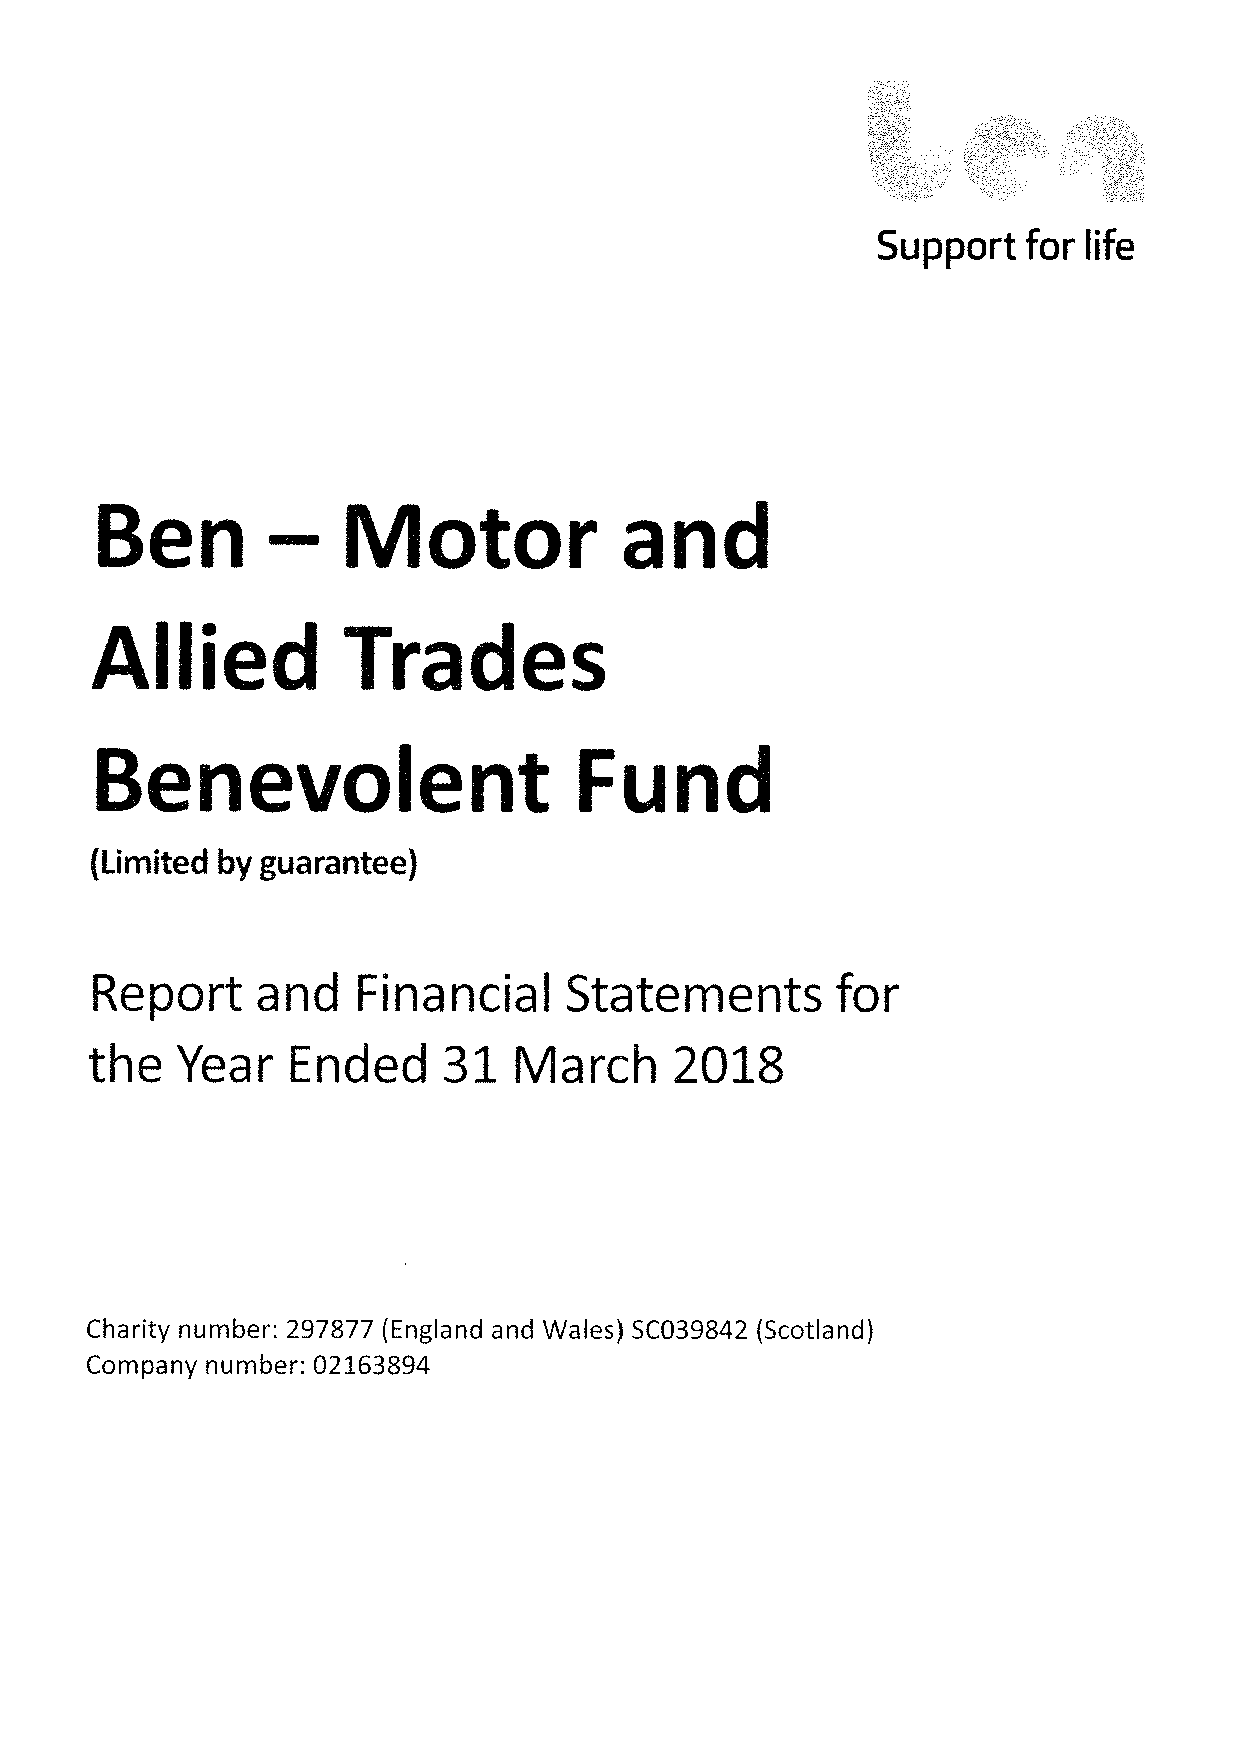
Support   for life
 —
 en                otor         an
 es
 ie           ra
 (Limited by guarantee)
 Report     a nd   Fina    cia  Statements        for
 n
 I
 the   Year   Ended     31   March      2018
 Charity number: 297877 (England and Wales) SC039842 (Scotland)
 Company number: 02163894